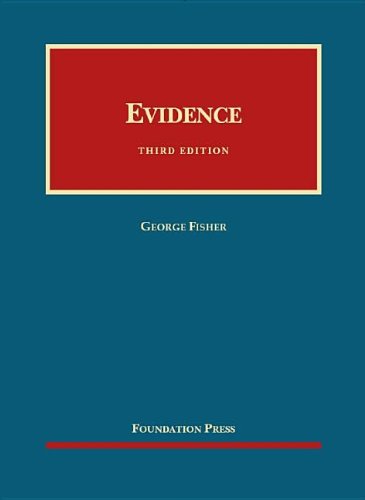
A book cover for Evidence (University Casebook Series); George Fisher; Law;